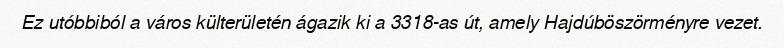
Ez utóbbiból a város külterületén ágazik ki a 3318-as út, amely Hajdúböszörményre vezet.